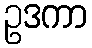
ဥဒကာ